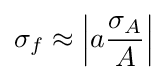
\sigma _{f}\approx \left|a{\frac {\sigma _{A}}{A}}\right|